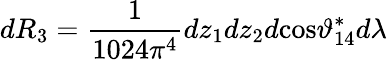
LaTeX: dR_{3}=\frac{1}{1024\pi^{4}}dz_{1}dz_{2}d\mathrm{cos}\vartheta_{14}^{*}d\lambda